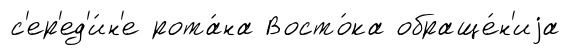
с'ер'ед'и́н'е рота́на Восто́ка обраще́н'иjа